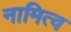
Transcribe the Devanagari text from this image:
नामित्व